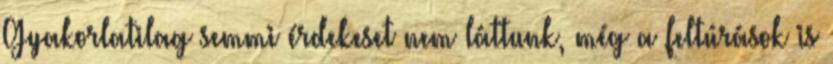
Gyakorlatilag semmi érdekeset nem láttunk, még a feltúrások is